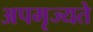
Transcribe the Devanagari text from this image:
अपमृज्यते